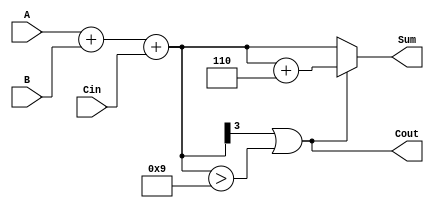
module BCD_Adder (
    input  [3:0] A,      // First BCD digit
    input  [3:0] B,      // Second BCD digit
    input        Cin,     // Carry-in
    output [3:0] Sum,     // BCD sum output
    output       Cout     // Carry-out
);

    wire [4:0] R;        // 5-bit result for the binary sum
    wire correction;      // Signal to indicate if correction is needed

    // Step 1: Binary addition
    assign R = A + B + Cin; // Perform binary addition

    // Step 2: Determine if correction is needed
    assign correction = (R[3] || (R[3:0] > 4'b1001)); // Check if R[3:0] > 9 or R[3] is 1

    // Step 3: Calculate BCD Sum and Carry-out
    assign Sum = correction ? (R[3:0] + 4'b0110) : R[3:0]; // Apply correction if needed
    assign Cout = correction; // Set Cout if correction is applied

endmodule